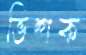
ভিশক